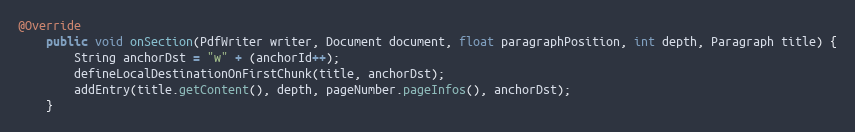
Language: Java
@Override
    public void onSection(PdfWriter writer, Document document, float paragraphPosition, int depth, Paragraph title) {
        String anchorDst = "w" + (anchorId++);
        defineLocalDestinationOnFirstChunk(title, anchorDst);
        addEntry(title.getContent(), depth, pageNumber.pageInfos(), anchorDst);
    }